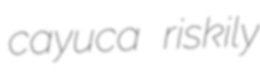
cayuca riskily